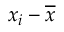
x _ { i } - { \overline { { x } } }